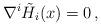
LaTeX: \begin{align*}{\nabla}^i \tilde{H_i}(x) =0 \, ,\end{align*}